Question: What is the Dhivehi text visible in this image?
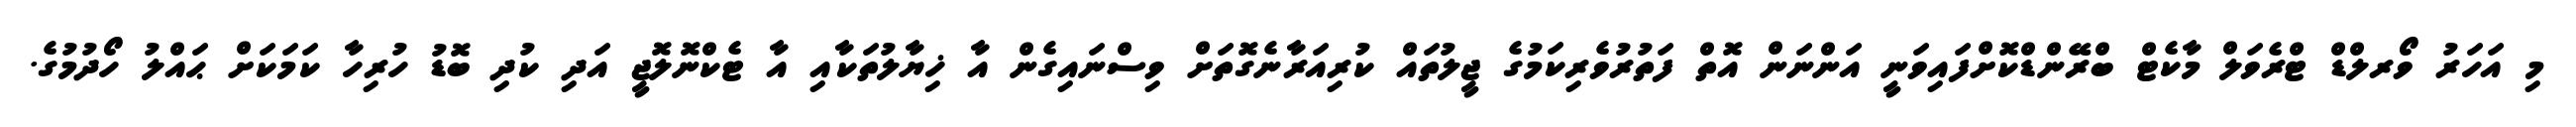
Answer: މި އަހަރު ވޯރލްޑް ޓްރެވަލް މާކެޓް ބްރޭންޑްކޮށްފައިވަނީ އަންނަން އޮތް ފަތުރުވެރިކަމުގެ ޖީލުތައް ކުރިއަރާނެގޮތަށް ވިސްނައިގެން އާ ޚިޔާލުތަކާއި އާ ޓެކްނޮލޮޖީ އަދި ކުދި ބޮޑު ހުރިހާ ކަމަކަށް ޙައްލު ހޯދުމުގެ.